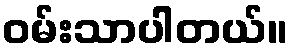
ဝမ်းသာပါတယ်။